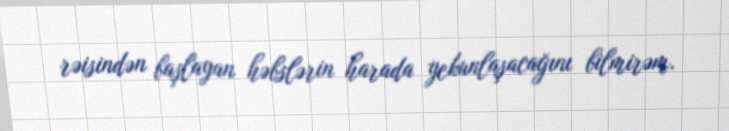
rəisindən başlayan həbslərin harada yekunlaşacağını bilmirəm.